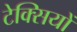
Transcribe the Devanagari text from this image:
टेक्सियों